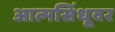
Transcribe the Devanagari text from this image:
आत्मसिंधूवर